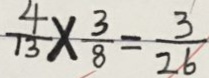
\frac { 4 } { 1 3 } \times \frac { 3 } { 8 } = \frac { 3 } { 2 6 }